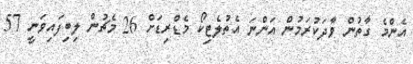
އެންމެ ގާތުން ވާދަކުރަމުން އަންނަ އެތުލެޓިކޯ މެޑްރިޑަށް 26 މެޗުން ލިބިފައިވަނީ 57